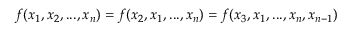
f ( x _ { 1 } , x _ { 2 } , . . . , x _ { n } ) = f ( x _ { 2 } , x _ { 1 } , . . . , x _ { n } ) = f ( x _ { 3 } , x _ { 1 } , . . . , x _ { n } , x _ { n - 1 } )